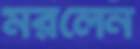
মরলেন